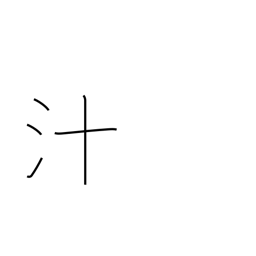
Meaning: pus